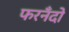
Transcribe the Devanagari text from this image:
फरनँदो